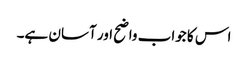
اس کا جواب واضح اور آسان ہے۔